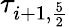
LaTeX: \tau_{i+1,\frac{5}{2}}